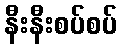
နီးနီးစပ်စပ်